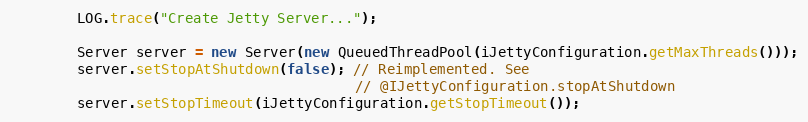
Language: Java
        LOG.trace("Create Jetty Server...");

        Server server = new Server(new QueuedThreadPool(iJettyConfiguration.getMaxThreads()));
        server.setStopAtShutdown(false); // Reimplemented. See
                                         // @IJettyConfiguration.stopAtShutdown
        server.setStopTimeout(iJettyConfiguration.getStopTimeout());